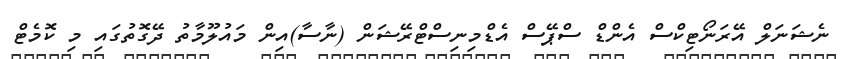
ނެޝަނަލް އޭރަނޯޓިކްސް އެންޑް ސްޕޭސް އެޑްމިނިސްޓްރޭޝަން (ނާސާ)އިން މައުލޫމާތު ދޭގޮތުގައި މި ކޮމެޓް